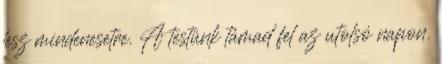
lesz mindenesetre. A testünk támad fel az utolsó napon.